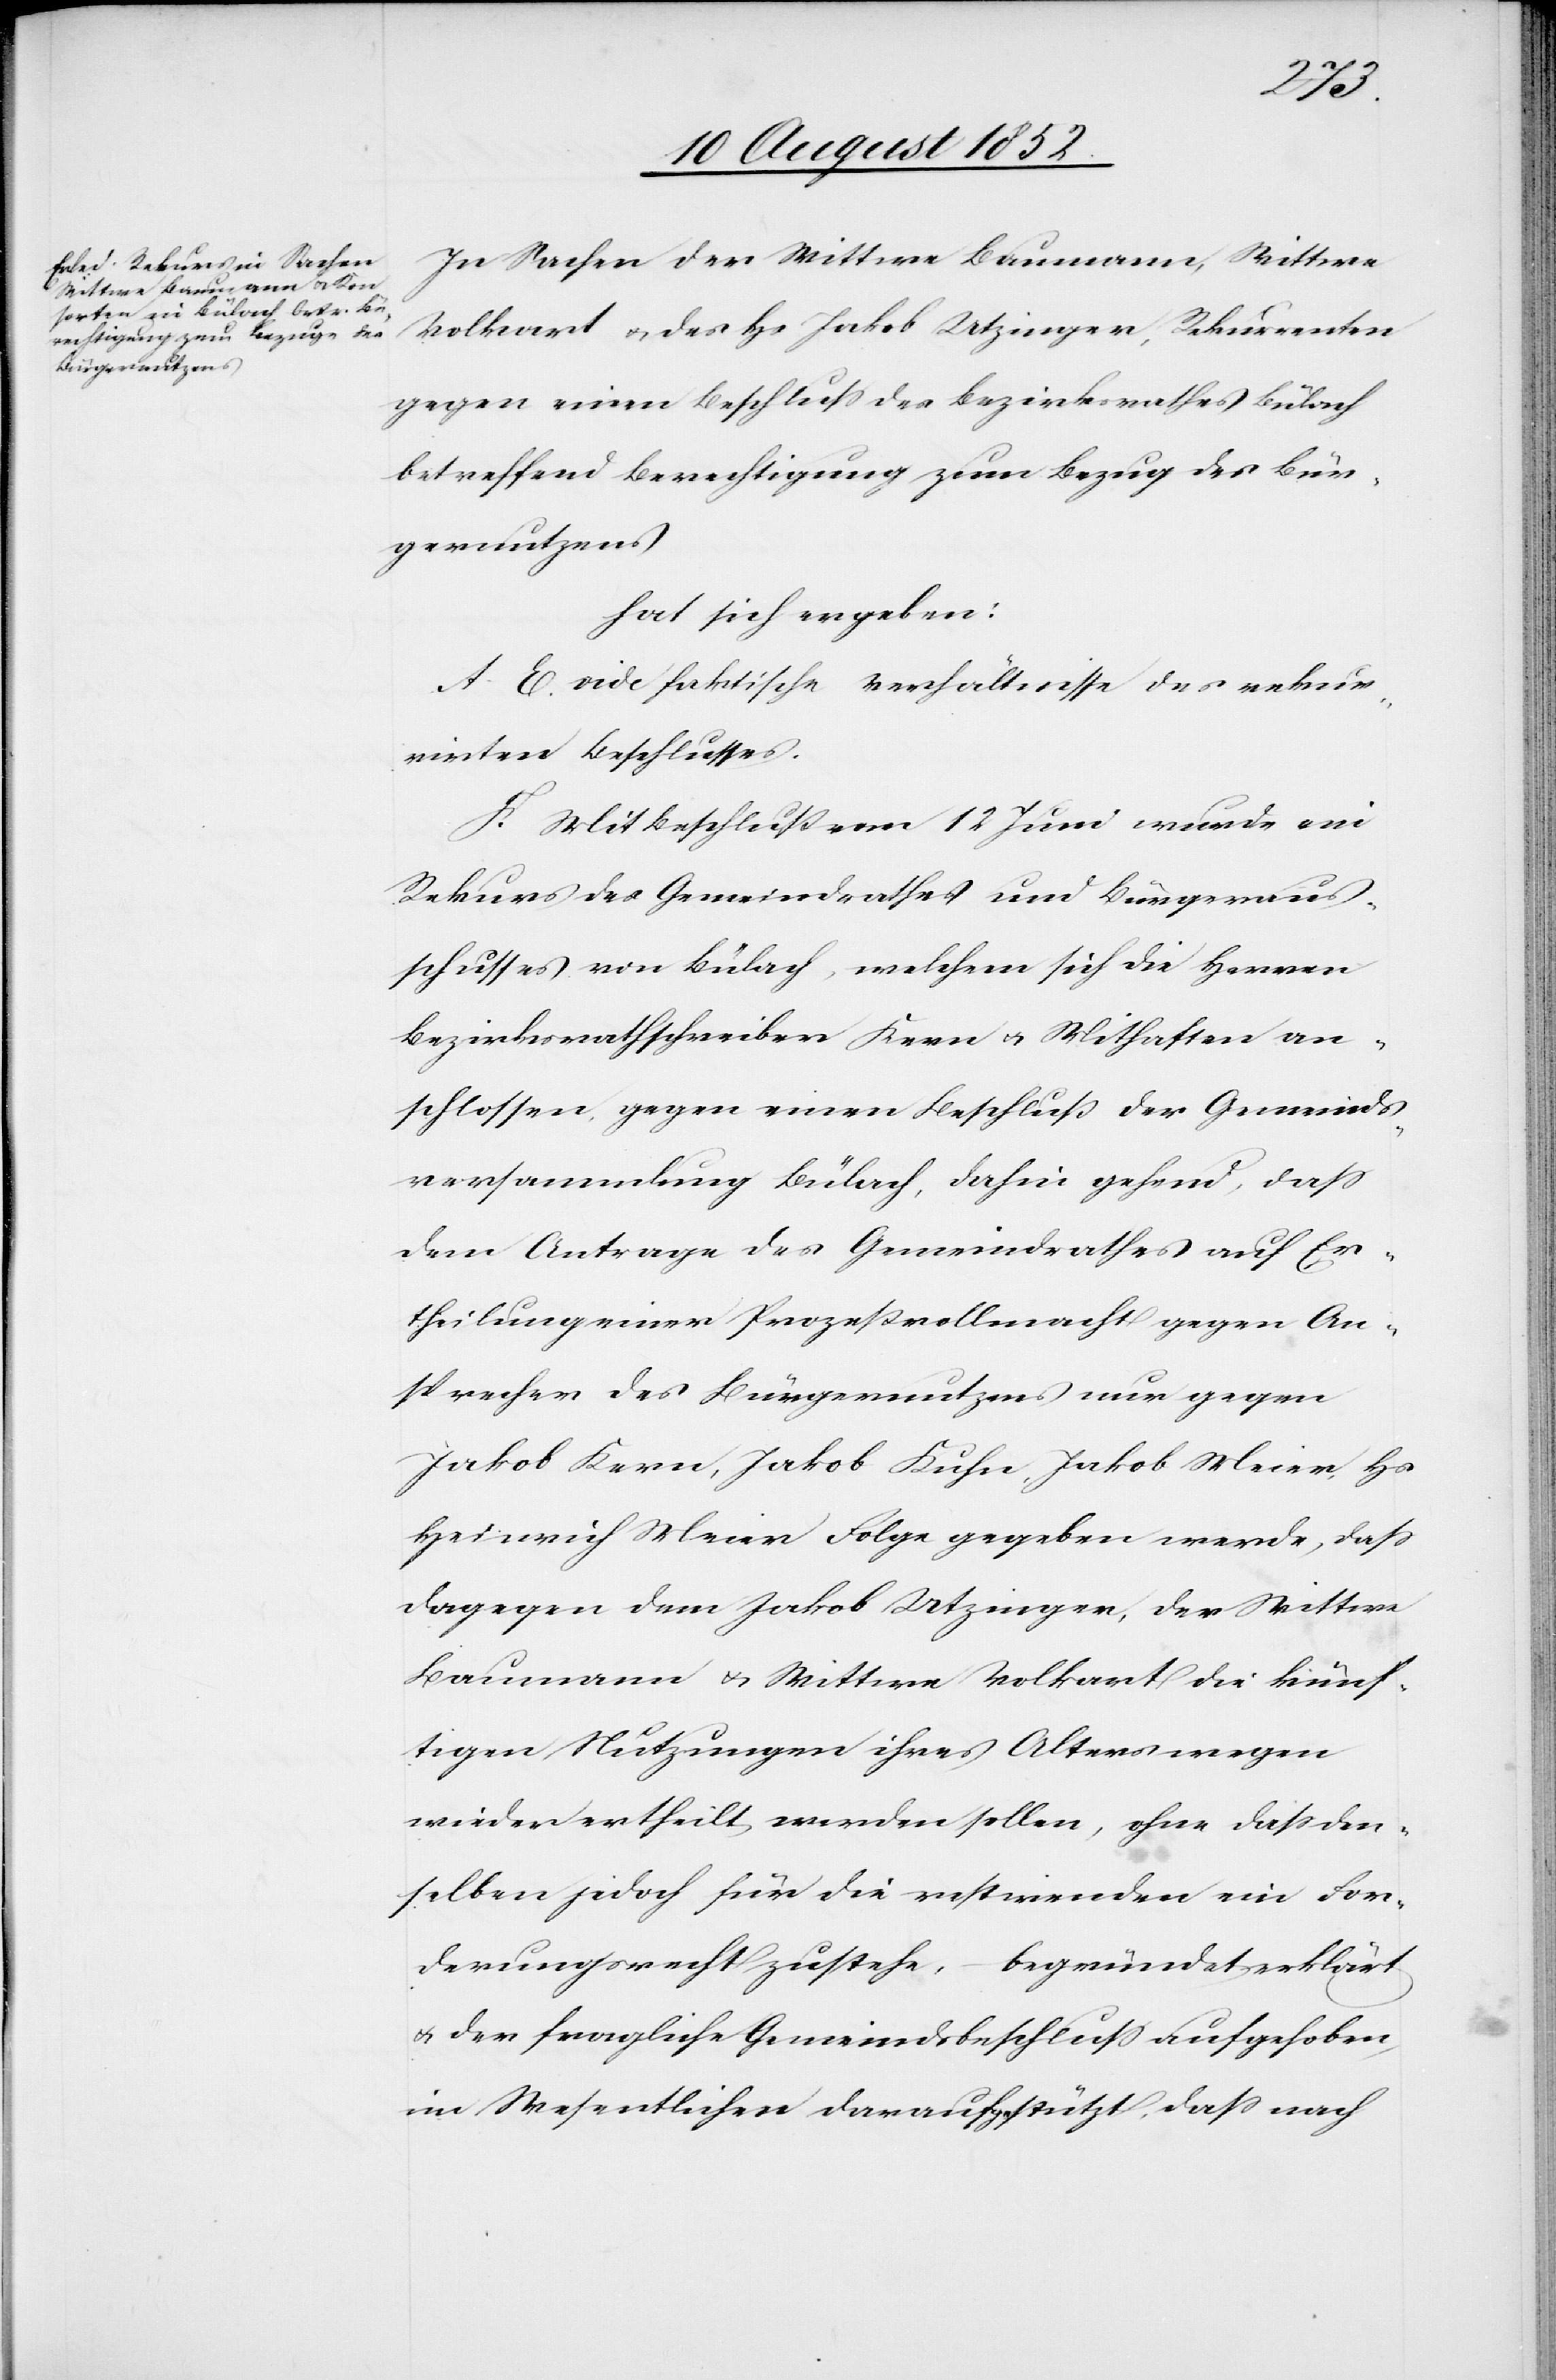
In Sachen der Wittwe Baumann, Wittwe
Volkart & des Hs Jakob Utzinger, Rekurrenten
gegen einen Beschluss des Bezirksrathes Bülach
betreffend Berechtigung zum Bezug des Bür¬
gernutzens
hat sich ergeben:
A–E. vide faktische Verhältnisse des rekur¬
rirten Beschlusses.
F. Mit Beschluß vom 12 Juni wurde ein
Rekurs des Gemeindrathes und Bürgeraus¬
schusses von Bülach, welchem sich die Herren
Bezirksrathschreiber Kern & Mithaften an¬
schlossen, gegen einen Beschluß der Gemeinds¬
versammlung Bülach, dahin gehend, dass
dem Antrage des Gemeindrathes auf Er¬
theilung einer Prozeßvollmacht gegen An¬
sprecher des Bürgernutzens nur gegen
Jakob Kern, Jakob Kuhn, Jakob Meier, Hs
Heinrich Meier Folge gegeben werde, dass
dagegen dem Jakob Utzinger, der Wittwe
Baumann & Wittwe Volkart die künf¬
tigen Nutzungen ihres Alters wegen
wieder ertheilt werden sollen, ohne dass den¬
selben jedoch für die restirenden ein For¬
derungsrecht zustehe, – begründet erklärt
& der fragliche Gemeindsbeschluss aufgehoben,
im Wesentlichen darauf gestützt, dass nach